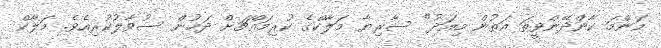
މަންމަ ކާންދޭންވީތަ އަތުން މިއަދު" ސާރިޔާ މަލާކްގެ ކުރިމައްޗަށް ދަމުން ސުވާލުކުރިއެވެ. މަލާކް